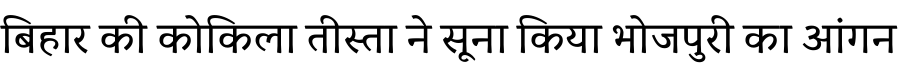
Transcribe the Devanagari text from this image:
बिहार की कोकिला तीस्ता ने सूना किया भोजपुरी का आंगन